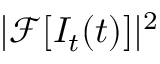
| \mathcal { F } [ I _ { t } ( t ) ] | ^ { 2 }